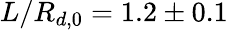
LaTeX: L/R_{d,0}=1.2\pm 0.1